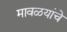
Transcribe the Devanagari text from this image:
मावळयांचे